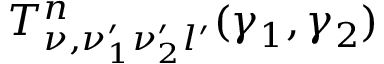
T _ { \nu , \nu _ { 1 } ^ { \prime } \nu _ { 2 } ^ { \prime } l ^ { \prime } } ^ { n } ( \gamma _ { 1 } , \gamma _ { 2 } )